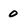
Character: 0